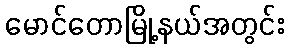
မောင်တောမြို့နယ်အတွင်း